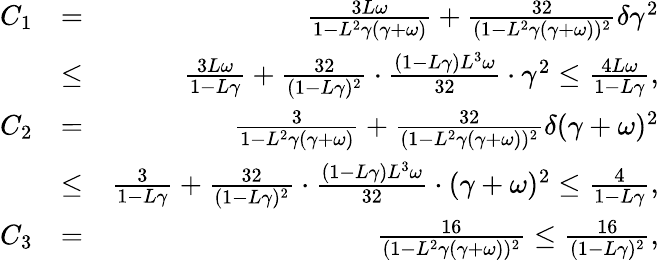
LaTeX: \begin{array}{rlr}{C_{1}}&{=}&{\frac{3L\omega}{1-L^{2}\gamma(\gamma+\omega)}+\frac{32}{(1-L^{2}\gamma(\gamma+\omega))^{2}}\delta\gamma^{2}}\\ &{\leq}&{\frac{3L\omega}{1-L\gamma}+\frac{32}{(1-L\gamma)^{2}}\cdot\frac{(1-L\gamma)L^{3}\omega}{32}\cdot\gamma^{2}\leq\frac{4L\omega}{1-L\gamma},}\\ {C_{2}}&{=}&{\frac{3}{1-L^{2}\gamma(\gamma+\omega)}+\frac{32}{(1-L^{2}\gamma(\gamma+\omega))^{2}}\delta(\gamma+\omega)^{2}}\\ &{\leq}&{\frac{3}{1-L\gamma}+\frac{32}{(1-L\gamma)^{2}}\cdot\frac{(1-L\gamma)L^{3}\omega}{32}\cdot(\gamma+\omega)^{2}\leq\frac{4}{1-L\gamma},}\\ {C_{3}}&{=}&{\frac{16}{(1-L^{2}\gamma(\gamma+\omega))^{2}}\leq\frac{16}{(1-L\gamma)^{2}},}\end{array}